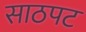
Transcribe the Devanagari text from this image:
साठपट